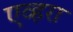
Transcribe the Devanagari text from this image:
एव्हरा